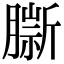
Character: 𦠔